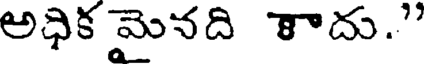
అధిక మైనది కాదు."